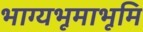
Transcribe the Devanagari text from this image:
भाग्यभूमाभूमि